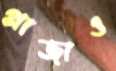
প্লাজাও